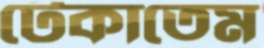
টেকাতেম